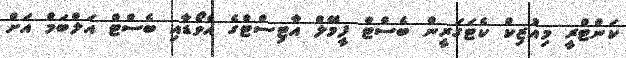
ކަންޓްރީ މިއުޒިކް ކެޓަގަރީން ބެސްޓް ފީމޭލް އާޓިސްޓްގެ އެވޯޑާއި ބެސްޓް އަލްބަމް އަށް